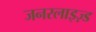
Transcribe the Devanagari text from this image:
जनरलाइज़्ड